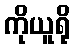
ကိုယူရို